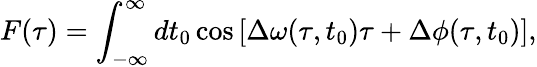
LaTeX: F(\tau)=\int_{-\infty}^{\infty}dt_{0}\cos\left[\Delta\omega(\tau,t_{0})\tau+\Delta\phi(\tau,t_{0})\right],